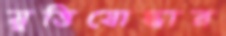
মুত্তিযোদ্ধার